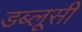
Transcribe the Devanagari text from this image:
डब्लूसी